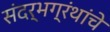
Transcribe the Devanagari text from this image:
संदर्भग्रंथांचे